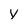
Character: Y